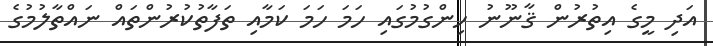
އަދި މީގެ އިތުރުން ޤާނޫނު ހިންގުމުގައި ހަމަ ހަމަ ކަމާއި ތަފާތުކުރުންތައް ނައްތާލުމުގެ